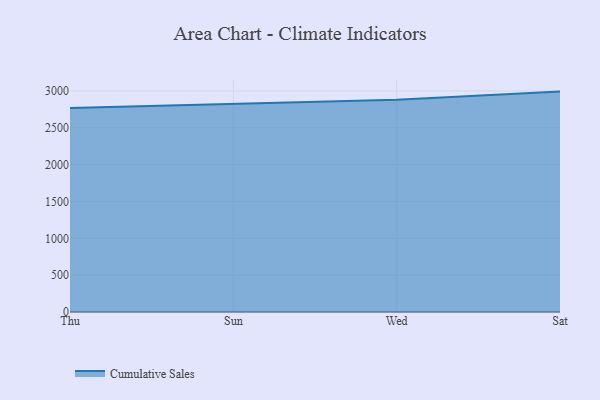
{"axis": {"x": "Day", "y": "Latency (ms)"}, "legend": ["Cumulative Sales"], "data": [{"x": "Thu", "y": 2769.8, "type": "Cumulative Sales"}, {"x": "Sun", "y": 2824.2, "type": "Cumulative Sales"}, {"x": "Wed", "y": 2882.3, "type": "Cumulative Sales"}, {"x": "Sat", "y": 2992.2, "type": "Cumulative Sales"}]}